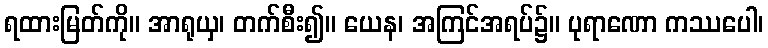
ရထားမြတ်ကို။ အာရုယှ၊ တက်စီး၍။ ယေန၊ အကြင်အရပ်၌။ ပုရာဏော ကဿပေါ၊